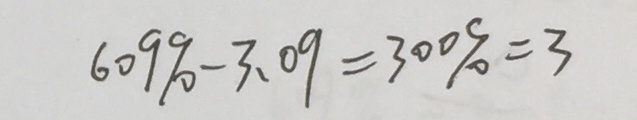
6 0 9 \% - 3 . 0 9 = 3 0 0 \% = 3